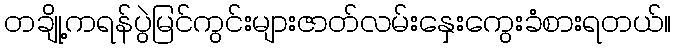
တချို့ကရန်ပွဲမြင်ကွင်းများဇာတ်လမ်းနှေးကွေးခံစားရတယ်။